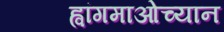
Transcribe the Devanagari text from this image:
ह्वांगमाओच्यान